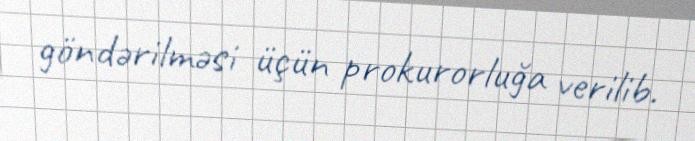
göndərilməsi üçün prokurorluğa verilib.